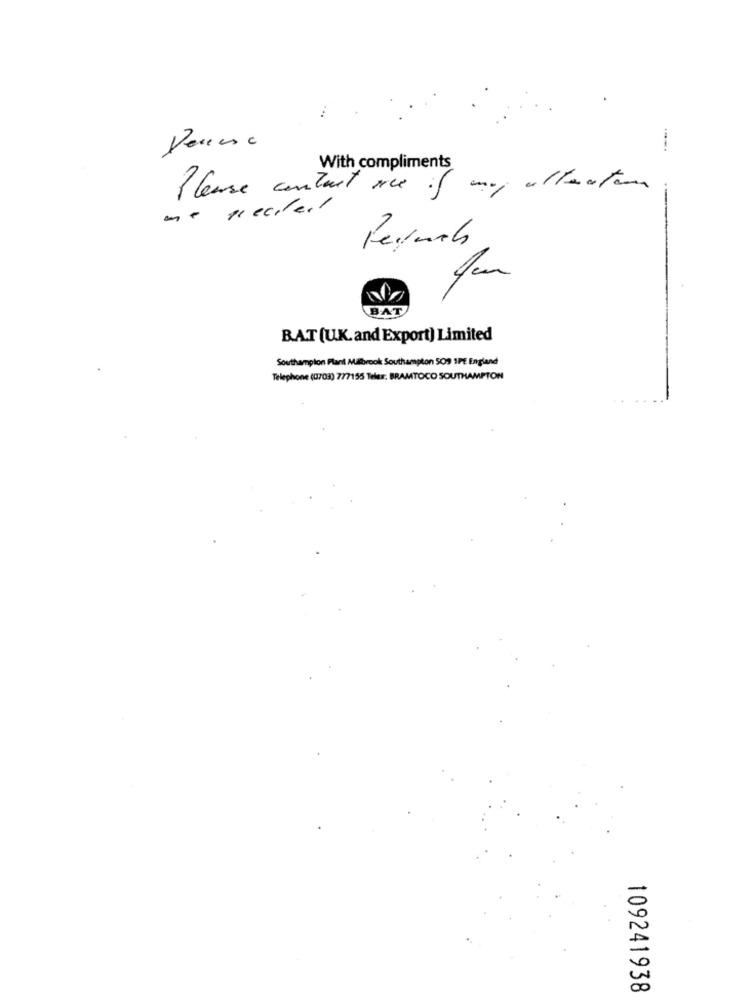
...
With compliments
Please contact me
my attention
BAT
BAT (U.K.and Export) Limited
Southampton Plant Milbrook Southampton 509 1PE England
Telephone (0703) 777155 Telas. BRAMTOCO SOUTHAMPTON
109241938